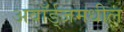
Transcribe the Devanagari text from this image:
अवॉर्ड्‌जमधील